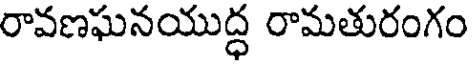
రావణఘనయుద్ధ రామతురంగం